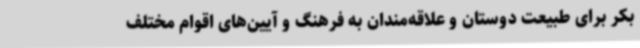
بکر برای طبیعت دوستان و علاقه‌مندان به فرهنگ و آیین‌های اقوام مختلف